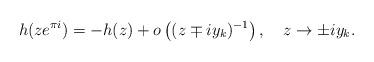
LaTeX: \begin{align*}h(ze^{\pi i})=-h(z)+o\left( (z\mp iy_k)^{-1}\right) ,\quad z\to \pm iy_k.\end{align*}